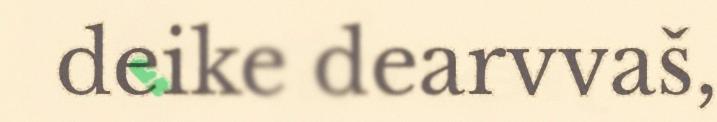
deike dearvvaš,